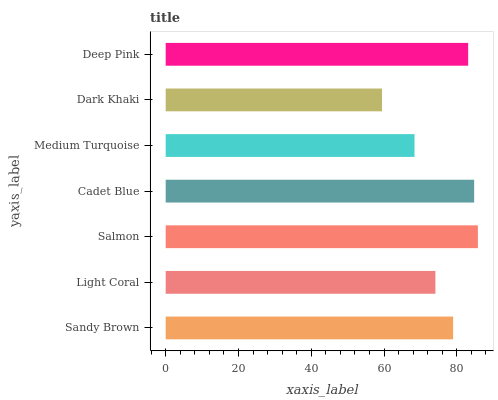
| yaxis_label | bars |
 | --- | --- |
 | Sandy Brown | 79 |
 | Light Coral | 74.1 |
 | Salmon | 85.8 |
 | Cadet Blue | 84.8 |
 | Medium Turquoise | 68.4 |
 | Dark Khaki | 59.4 |
 | Deep Pink | 83.1 |